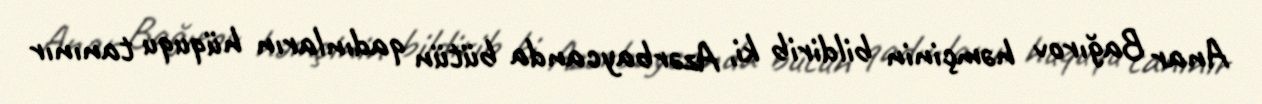
Anar Bağırov həmçinin bildirib ki, Azərbaycanda bütün qadınların hüququ tanınır